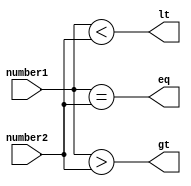
module magnitude_comparator (
    input [7:0] number1,
    input [7:0] number2,
    output gt,
    output lt,
    output eq
);

assign gt = (number1 > number2);
assign lt = (number1 < number2);
assign eq = (number1 == number2);

endmodule